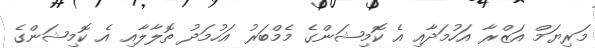
މަރިޔަމް އަޒްރާ އަހުމަދާއި އެ ކޮމިޝަންގެ މެމްބަރު އަހުމަދު ތޮލާލާއި އެ ކޮމިޝަންގެ